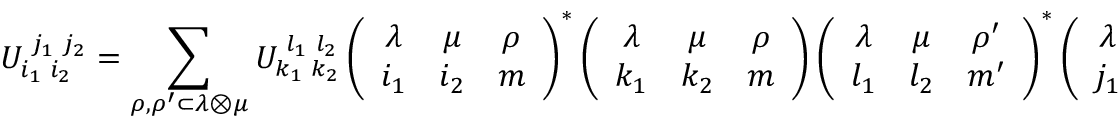
U _ { i _ { 1 } \, \, i _ { 2 } } ^ { \, \, j _ { 1 } \, \, j _ { 2 } } = \sum _ { \rho , \rho ^ { \prime } \subset \lambda \otimes \mu } U _ { k _ { 1 } \, \, k _ { 2 } } ^ { \, \, l _ { 1 } \, \, l _ { 2 } } \left( \begin{array} { c c c } { { \lambda } } & { { \mu } } & { { \rho } } \\ { { i _ { 1 } } } & { { i _ { 2 } } } & { { m } } \end{array} \right) ^ { \ast } \left( \begin{array} { c c c } { { \lambda } } & { { \mu } } & { { \rho } } \\ { { k _ { 1 } } } & { { k _ { 2 } } } & { { m } } \end{array} \right) \left( \begin{array} { c c c } { { \lambda } } & { { \mu } } & { { \rho ^ { \prime } } } \\ { { l _ { 1 } } } & { { l _ { 2 } } } & { { m ^ { \prime } } } \end{array} \right) ^ { \ast } \left( \begin{array} { c c c } { { \lambda } } & { { \mu } } & { { \rho ^ { \prime } } } \\ { { j _ { 1 } } } & { { j _ { 2 } } } & { { m ^ { \prime } } } \end{array} \right) \, \, .